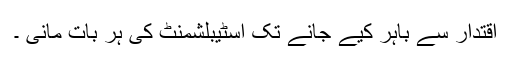
اقتدار سے باہر کیے جانے تک اسٹیبلشمنٹ کی ہر بات مانی ۔